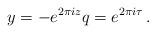
LaTeX: \begin{align*} y = -e^{2 \pi i z} q = e^{2 \pi i \tau} \,. \end{align*}